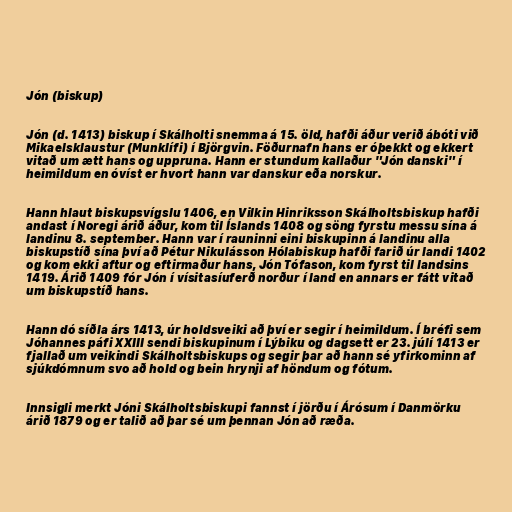
Jón (biskup)

Jón (d. 1413) biskup í Skálholti snemma á 15. öld, hafði áður verið ábóti við
Mikaelsklaustur (Munklífi) í Björgvin. Föðurnafn hans er óþekkt og ekkert
vitað um ætt hans og uppruna. Hann er stundum kallaður "Jón danski" í
heimildum en óvíst er hvort hann var danskur eða norskur.

Hann hlaut biskupsvígslu 1406, en Vilkin Hinriksson Skálholtsbiskup hafði
andast í Noregi árið áður, kom til Íslands 1408 og söng fyrstu messu sína á
landinu 8. september. Hann var í rauninni eini biskupinn á landinu alla
biskupstíð sína því að Pétur Nikulásson Hólabiskup hafði farið úr landi 1402
og kom ekki aftur og eftirmaður hans, Jón Tófason, kom fyrst til landsins
1419. Árið 1409 fór Jón í vísitasíuferð norður í land en annars er fátt vitað
um biskupstíð hans.

Hann dó síðla árs 1413, úr holdsveiki að því er segir í heimildum. Í bréfi sem
Jóhannes páfi XXIII sendi biskupinum í Lýbiku og dagsett er 23. júlí 1413 er
fjallað um veikindi Skálholtsbiskups og segir þar að hann sé yfirkominn af
sjúkdómnum svo að hold og bein hrynji af höndum og fótum.

Innsigli merkt Jóni Skálholtsbiskupi fannst í jörðu í Árósum í Danmörku
árið 1879 og er talið að þar sé um þennan Jón að ræða.